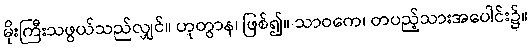
မိုးကြီးသဖွယ်သည်လျှင်။ ဟုတွာန၊ ဖြစ်၍။ သာဝကေ၊ တပည့်သားအပေါင်း၌။